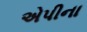
એપીના